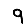
Digit: 9